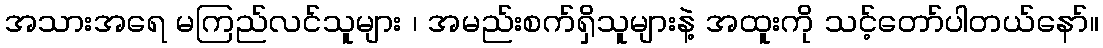
အသားအရေ မကြည်လင်သူများ ၊ အမည်းစက်ရှိသူများနဲ့ အထူးကို သင့်တော်ပါတယ်နော်။